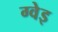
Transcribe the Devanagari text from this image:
ग्वेइ